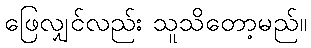
ဖြေလျှင်လည်း သူသိတော့မည်။